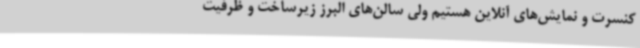
کنسرت و نمایش‌های آنلاین هستیم ولی سالن‌های البرز زیرساخت و ظرفیت